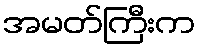
အမတ်ကြီးက